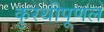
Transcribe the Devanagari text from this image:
कुरथीपूणल